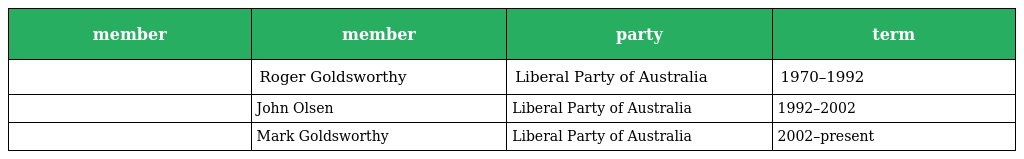
| member | member | party | term |
 | --- | --- | --- | --- |
 |  | Roger Goldsworthy | Liberal Party of Australia | 1970–1992 |
 |  | John Olsen | Liberal Party of Australia | 1992–2002 |
 |  | Mark Goldsworthy | Liberal Party of Australia | 2002–present |